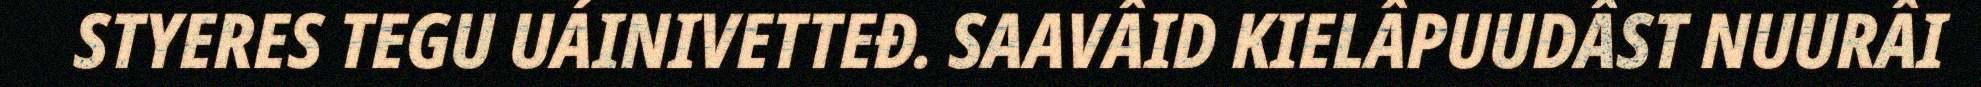
STYERES TEGU UÁINIVETTEĐ. SAAVÂID KIELÂPUUDÂST NUURÂI